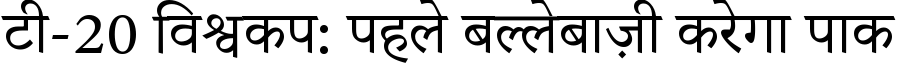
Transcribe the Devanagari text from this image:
टी-20 विश्वकप: पहले बल्लेबाज़ी करेगा पाक